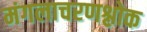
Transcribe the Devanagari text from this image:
मंगलाचरणश्लोक